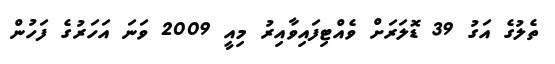
ތެލުގެ އަގު 39 ޑޮލަރަށް ވެއްޓިފައިވާއިރު މިއީ 2009 ވަނަ އަހަރުގެ ފަހުން